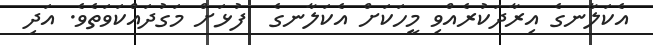
އެކަލާނގެ އިރާދަކުރެއްވި މީހަކަށް އެކަލާނގެ  ފުޅަށް މަގުދައްކަވަތެވެ. އަދި